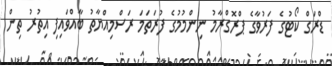
ޑްރަގް ކޯޓުގެ ފަރުވާގެ ޕްރޮގްރާމު ނިންމުމުގެ ފުރަތަމަ ރަސްމިއްޔާތު ބާއްވައިފި އިތުރު ތިން